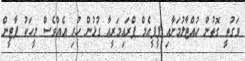
ވަގުތީ ގޮތުން ހުއްޓާލުމަށާއި ޕީޕީއެމް ޕްރައިމަރީއާ ގުޅުން ހުރި އެއްވެސް މީހަކު ޕާޓީން